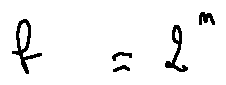
b = 2 ^ { n }